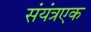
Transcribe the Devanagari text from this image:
संयंत्रएक